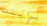
براينت